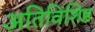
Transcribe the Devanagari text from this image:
अतिविशिष्ठ